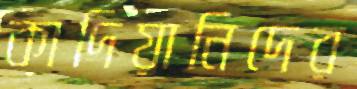
কাদিয়ানিদের